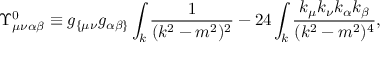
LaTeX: \Upsilon _ { \mu \nu \alpha \beta } ^ { 0 } \equiv g _ { \{ \mu \nu } g _ { \alpha \beta \} } \int _ { k } \frac { 1 } { ( k ^ { 2 } - m ^ { 2 } ) ^ { 2 } } - 2 4 \int _ { k } \frac { k _ { \mu } k _ { \nu } k _ { \alpha } k _ { \beta } } { ( k ^ { 2 } - m ^ { 2 } ) ^ { 4 } } ,